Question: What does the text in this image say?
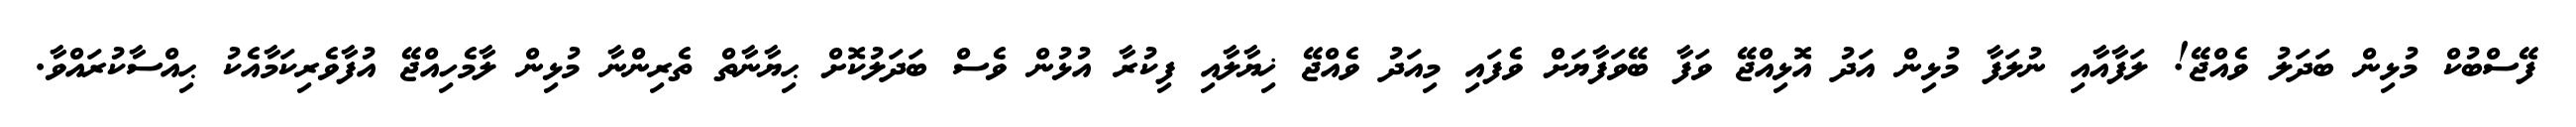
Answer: ފޭސްބުކް މުޅިން ބަދަލު ވެއްޖޭ! ލަފާއާއި ނުލަފާ މުޅިން އަދު އޮޅިއްޖޭ ވަފާ ބޭވަފާޔަށް ވެފައި މިއަދު ވެއްޖޭ ޚިޔާލާއި ފިކުރާ އުޅުން ވެސް ބަދަލުކޮށް ޙިޔާނާތް ތެރިންނާ މުޅިން ލާމެހިއްޖޭ އުފާވެރިކަމާއެކު ޙިއްސާކުރައްވާ.